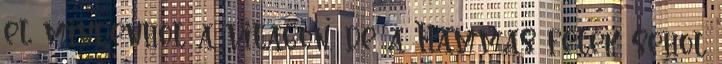
el mindenhol a vilagon, de a Hammas felek sehol